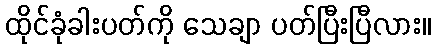
ထိုင်ခုံခါးပတ်ကို သေချာ ပတ်ပြီးပြီလား။